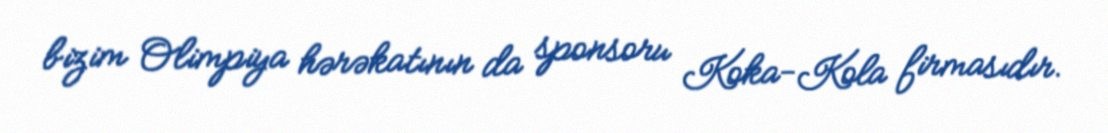
bizim Olimpiya hərəkatının da sponsoru Koka-Kola firmasıdır.